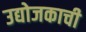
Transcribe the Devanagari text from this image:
उद्योजकाची